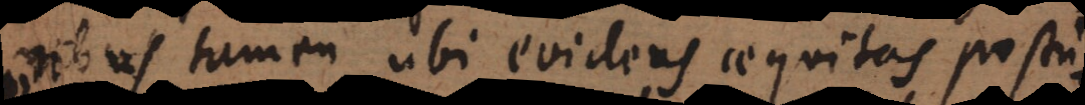
nibus tamen ubi evidens aequitas postu